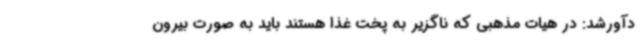
دآورشد: در هیات مذهبی که ناگزیر به پخت غذا هستند باید به صورت بیرون